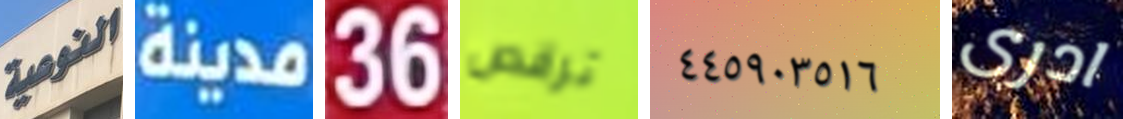
النوعية مدينة 36 ترقص ٤٤٥٩٠٣٥١٦ ادرى